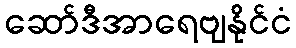
ဆော်ဒီအာရေဗျနိုင်ငံ